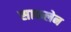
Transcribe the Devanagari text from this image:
साकलेन